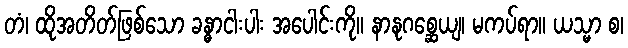
တံ၊ ထိုအတိတ်ဖြစ်သော ခန္ဓာငါးပါး အပေါင်းကို။ နာနုဂစ္ဆေယျ၊ မကပ်ရာ။ ယသ္မာ စ၊